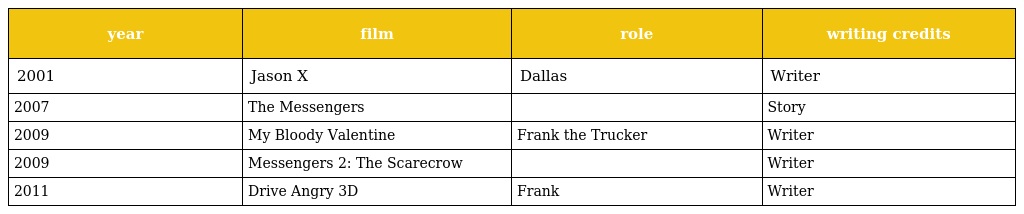
| year | film | role | writing credits |
 | --- | --- | --- | --- |
 | 2001 | Jason X | Dallas | Writer |
 | 2007 | The Messengers |  | Story |
 | 2009 | My Bloody Valentine | Frank the Trucker | Writer |
 | 2009 | Messengers 2: The Scarecrow |  | Writer |
 | 2011 | Drive Angry 3D | Frank | Writer |